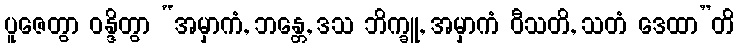
ပူဇေတွာ ဝန္ဒိတွာ “အမှာကံ, ဘန္တေ, ဒသ ဘိက္ခူ, အမှာကံ ဝီသတိ, သတံ ဒေထာ”တိ